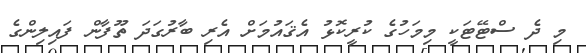
މި ދެ ސްޓޭޓަކީ މިމަހުގެ ކުރީކޮޅު އެޤައުމަށް އެރި ބާރުގަދަ ތޫފާން ފައިލިންގެ